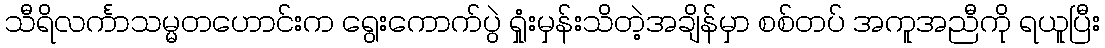
သီရိလင်္ကာသမ္မတဟောင်းက ရွေးကောက်ပွဲ ရှုံးမှန်းသိတဲ့အချိန်မှာ စစ်တပ် အကူအညီကို ရယူပြီး